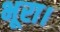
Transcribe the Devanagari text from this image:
भूरा।